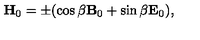
{ \bf H } _ { 0 } = \pm ( \cos \beta { \bf B } _ { 0 } + \sin \beta { \bf E } _ { 0 } ) ,